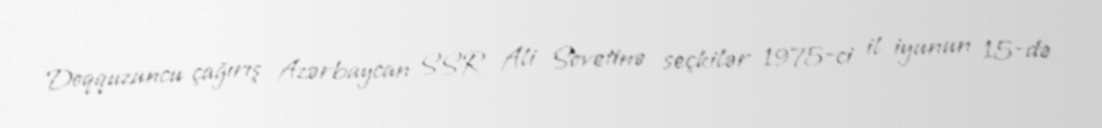
Doqquzuncu çağırış Azərbaycan SSR Ali Sovetinə seçkilər 1975-ci il iyunun 15-də